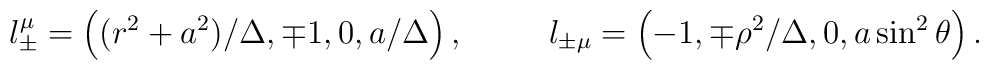
l^{\mu}_{\pm}  =\left( (r^2+a^2)/\Delta, \mp1, 0, a/\Delta\right),\;\;\;\;  \;\;\;\;\;  l_{\pm \mu} = \left( -1,\mp\rho^2/\Delta, 0, a\sin^2 \theta \right).